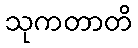
သုကတာတိ